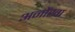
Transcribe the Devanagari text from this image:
अनोंखा